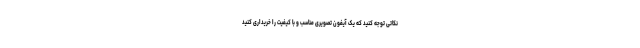
نکاتی توجه کنید که یک آیفون تصویری مناسب و با کیفیت را خریداری کنید